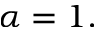
\alpha = 1 .